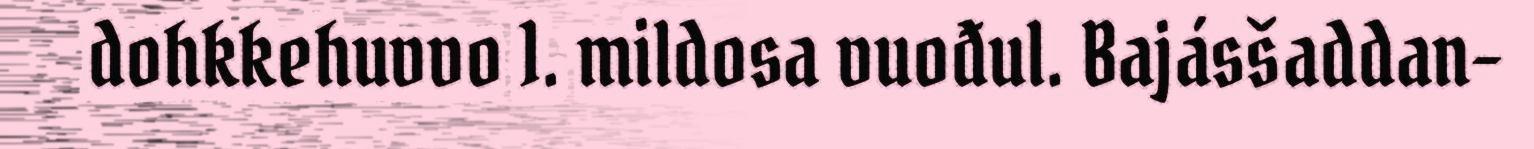
dohkkehuvvo 1. mildosa vuođul. Bajásšaddan-